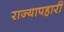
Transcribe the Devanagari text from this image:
राज्यापहारी